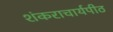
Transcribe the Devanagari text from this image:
शंकराचार्यपीठ